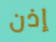
إذن